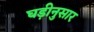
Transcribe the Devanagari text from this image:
घड़ीनुसार